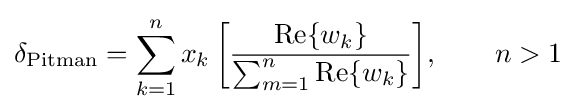
\delta _{\text{Pitman}}=\sum _{k=1}^{n}{x_{k}\left[{\frac {{\text{Re}}\{w_{k}\}}{\sum _{m=1}^{n}{{\text{Re}}\{w_{k}\}}}}\right]},\qquad n>1